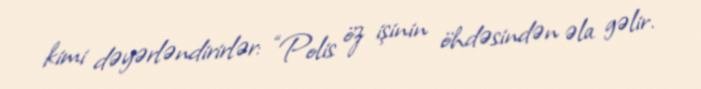
kimi dəyərləndirirlər: “Polis öz işinin öhdəsindən əla gəlir.